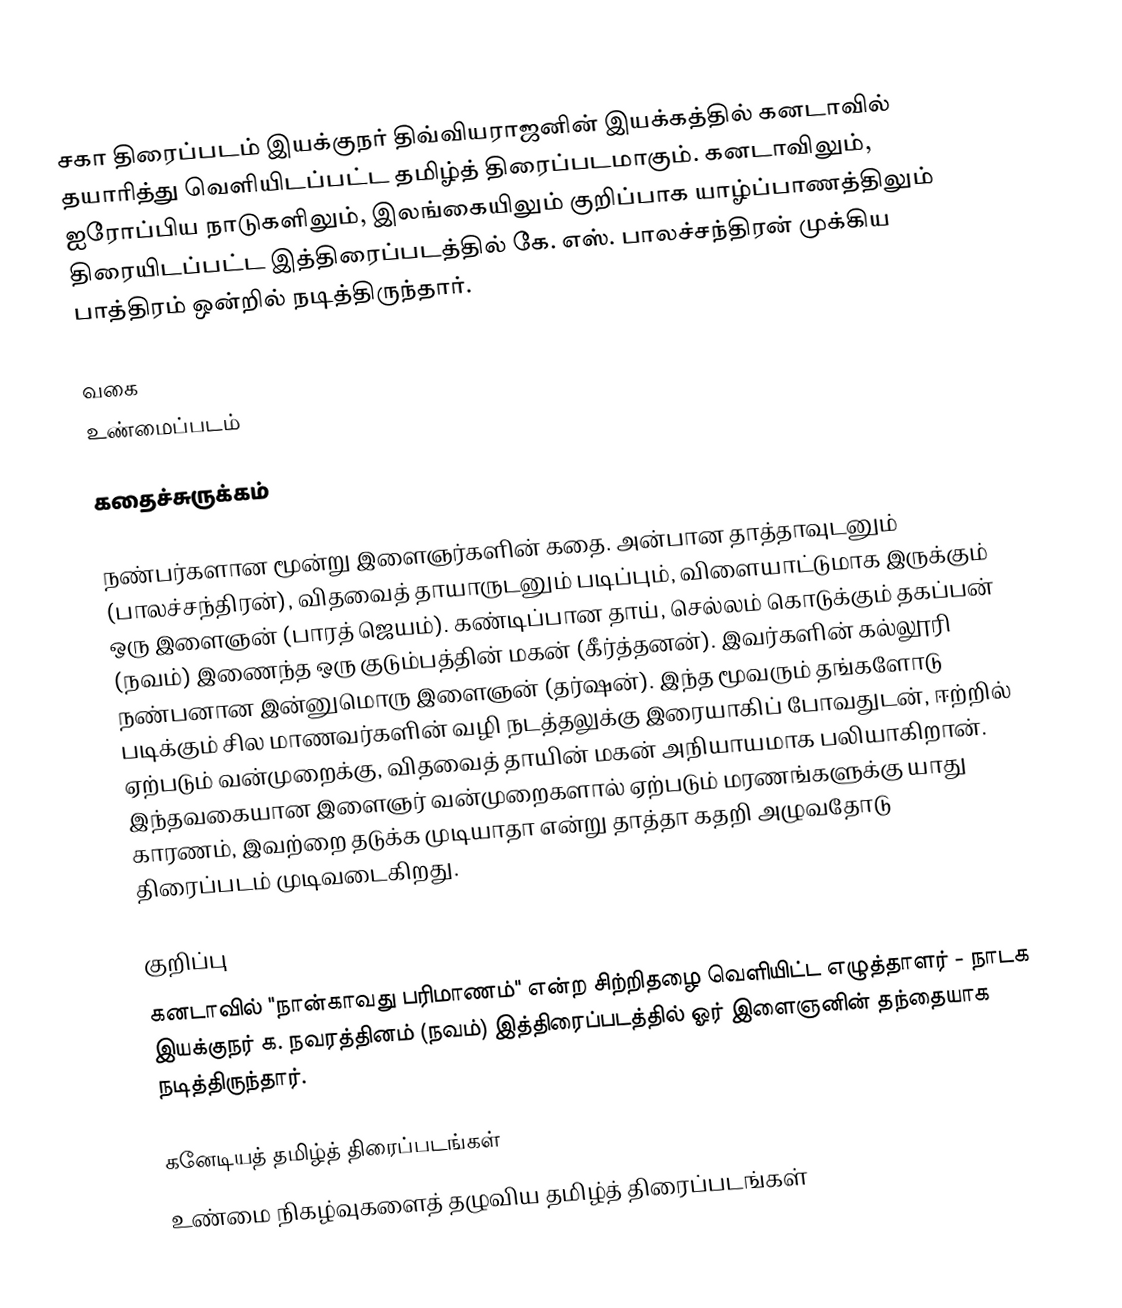
சகா திரைப்படம் இயக்குநர் திவ்வியராஜனின் இயக்கத்தில் கனடாவில் தயாரித்து வெளியிடப்பட்ட தமிழ்த் திரைப்படமாகும். கனடாவிலும், ஐரோப்பிய நாடுகளிலும், இலங்கையிலும் குறிப்பாக யாழ்ப்பாணத்திலும் திரையிடப்பட்ட இத்திரைப்படத்தில் கே. எஸ். பாலச்சந்திரன் முக்கிய பாத்திரம் ஒன்றில் நடித்திருந்தார்.

வகை
உண்மைப்படம்

கதைச்சுருக்கம்

நண்பர்களான மூன்று இளைஞர்களின் கதை. அன்பான தாத்தாவுடனும் (பாலச்சந்திரன்), விதவைத் தாயாருடனும் படிப்பும், விளையாட்டுமாக இருக்கும் ஒரு இளைஞன் (பாரத் ஜெயம்). கண்டிப்பான தாய், செல்லம் கொடுக்கும் தகப்பன் (நவம்) இணைந்த ஒரு குடும்பத்தின் மகன் (கீர்த்தனன்). இவர்களின் கல்லூரி நண்பனான இன்னுமொரு இளைஞன் (தர்ஷன்). இந்த மூவரும் தங்களோடு படிக்கும் சில மாணவர்களின் வழி நடத்தலுக்கு இரையாகிப் போவதுடன், ஈற்றில் ஏற்படும் வன்முறைக்கு, விதவைத் தாயின் மகன் அநியாயமாக பலியாகிறான். இந்தவகையான இளைஞர் வன்முறைகளால் ஏற்படும் மரணங்களுக்கு யாது காரணம், இவற்றை தடுக்க முடியாதா என்று தாத்தா கதறி அழுவதோடு திரைப்படம் முடிவடைகிறது.

குறிப்பு
கனடாவில் "நான்காவது பரிமாணம்" என்ற சிற்றிதழை வெளியிட்ட எழுத்தாளர் - நாடக இயக்குநர் க. நவரத்தினம் (நவம்) இத்திரைப்படத்தில் ஓர் இளைஞனின் தந்தையாக நடித்திருந்தார்.

கனேடியத் தமிழ்த் திரைப்படங்கள்
உண்மை நிகழ்வுகளைத் தழுவிய தமிழ்த் திரைப்படங்கள்